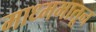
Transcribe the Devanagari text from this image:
माध्ममातून